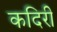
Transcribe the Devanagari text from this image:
कदिरी